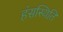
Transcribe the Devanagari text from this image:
हंसस्थिति